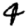
Digit: 4